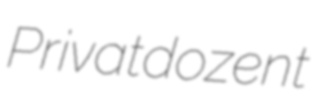
Privatdozent